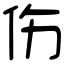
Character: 伤